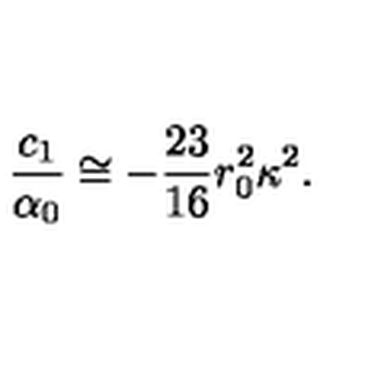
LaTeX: \frac { c _ { 1 } } { \alpha _ { 0 } } \cong - \frac { 2 3 } { 1 6 } r _ { 0 } ^ { 2 } \kappa ^ { 2 } .